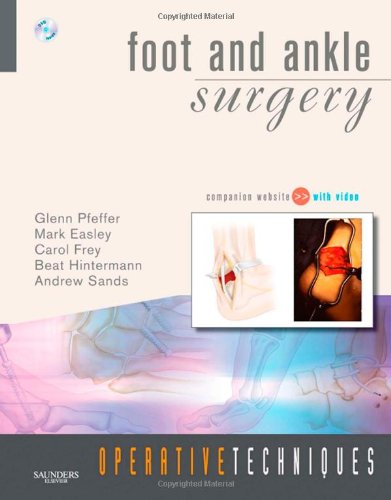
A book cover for Operative Techniques: Foot and Ankle Surgery: Book, Website and DVD, 1e; Glenn B. Pfeffer MD; Medical Books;